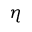
\eta